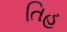
તિહ